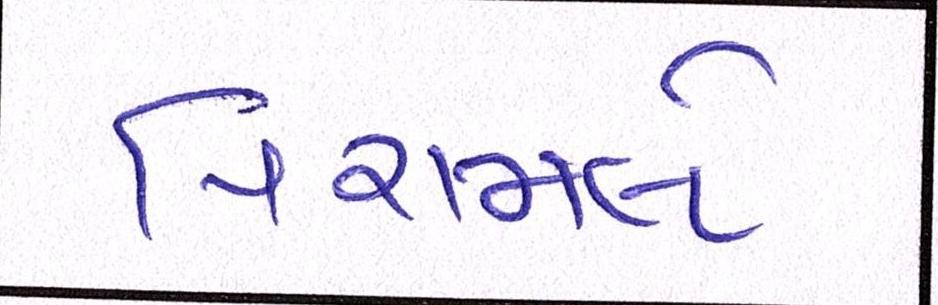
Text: પિરામલે